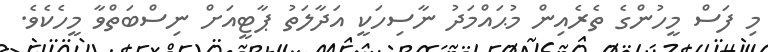
މި ފަސް މީހުންގެ ތެރެއިން މުޙައްމަދު ނާސިހަކީ އަދާލަތު ޕާޓީއަށް ނިސްބަތްވާ މީހެކެވެ.